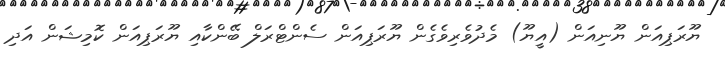
ޔޫރަޕިއަން ޔޫނިއަން (އީޔޫ) މެދުވެރިވެގެން ޔޫރަޕިއަން ސެންޓްރަލް ބޭންކާއި ޔޫރަޕިއަން ކޮމިޝަން އަދި